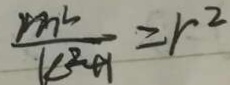
\frac { m ^ { 2 } } { k ^ { 2 } + 1 } \geq r ^ { 2 }